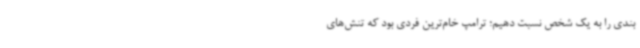
‌بندی‌ را به یک شخص نسبت دهیم؛ ترامپ خام‌ترین فردی بود که تنش‌های